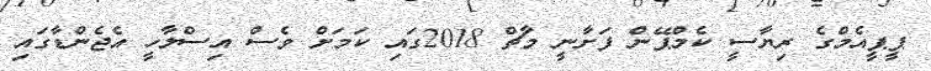
ޕީޕީއެމްގެ ރިޔާސީ ކެމްޕޭން ފަށާނީ މާޗް 2018ގައި ކަމަށް ވެސް އިސްލާހީ އެޖެންޑާގައި